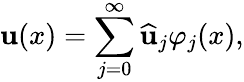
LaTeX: \mathbf{u}(x)=\sum_{j=0}^{\infty}\widehat{{\mathbf{u}}}_{j}\varphi_{j}(x),